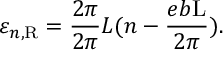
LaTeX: \varepsilon _ { n , \mathrm { R } } = \frac { 2 \pi } { 2 \pi } { L } ( n - \frac { e b \mathrm { L } } { 2 \pi } ) .